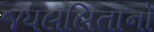
જયલલિતાનો